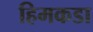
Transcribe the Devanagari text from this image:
हिमकडा